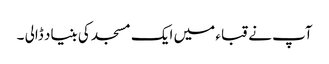
آپ نے قباء میں ایک مسجد کی بنیاد ڈالی ۔